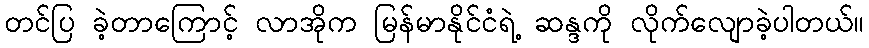
တင်ပြ ခဲ့တာကြောင့် လာအိုက မြန်မာနိုင်ငံရဲ့ ဆန္ဒကို လိုက်လျောခဲ့ပါတယ်။